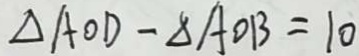
\Delta A O D - \Delta A O B = 1 0